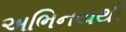
અભિનયથી